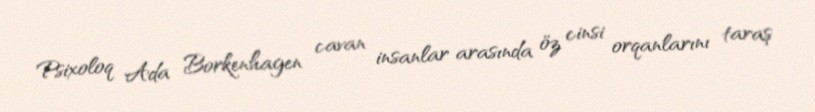
Psixoloq Ada Borkenhagen cavan insanlar arasında öz cinsi orqanlarını taraş